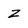
Character: Z